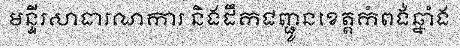
មន្ទីរសាធារណការ និងដឹកជញ្ជូនខេត្តកំពង់ឆ្នាំង